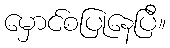
မှောင်စပြုနေပြီ။